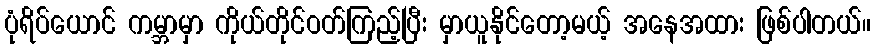
ပုံရိပ်ယောင် ကမ္ဘာမှာ ကိုယ်တိုင်ဝတ်ကြည့်ပြီး မှာယူနိုင်တော့မယ့် အနေအထား ဖြစ်ပါတယ်။